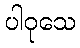
ပါဝုသေ